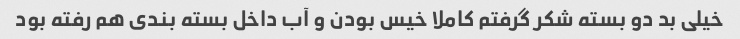
خیلی بد دو بسته شکر گرفتم کاملا خیس بودن و آب داخل بسته بندی هم رفته بود